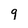
Character: g